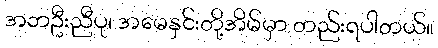
အဘဦးညီပု၊ အမေနှင်းတို့အိမ်မှာ တည်းရပါတယ်။